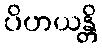
ပိဟယန္တိ